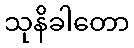
သုနိခါတော